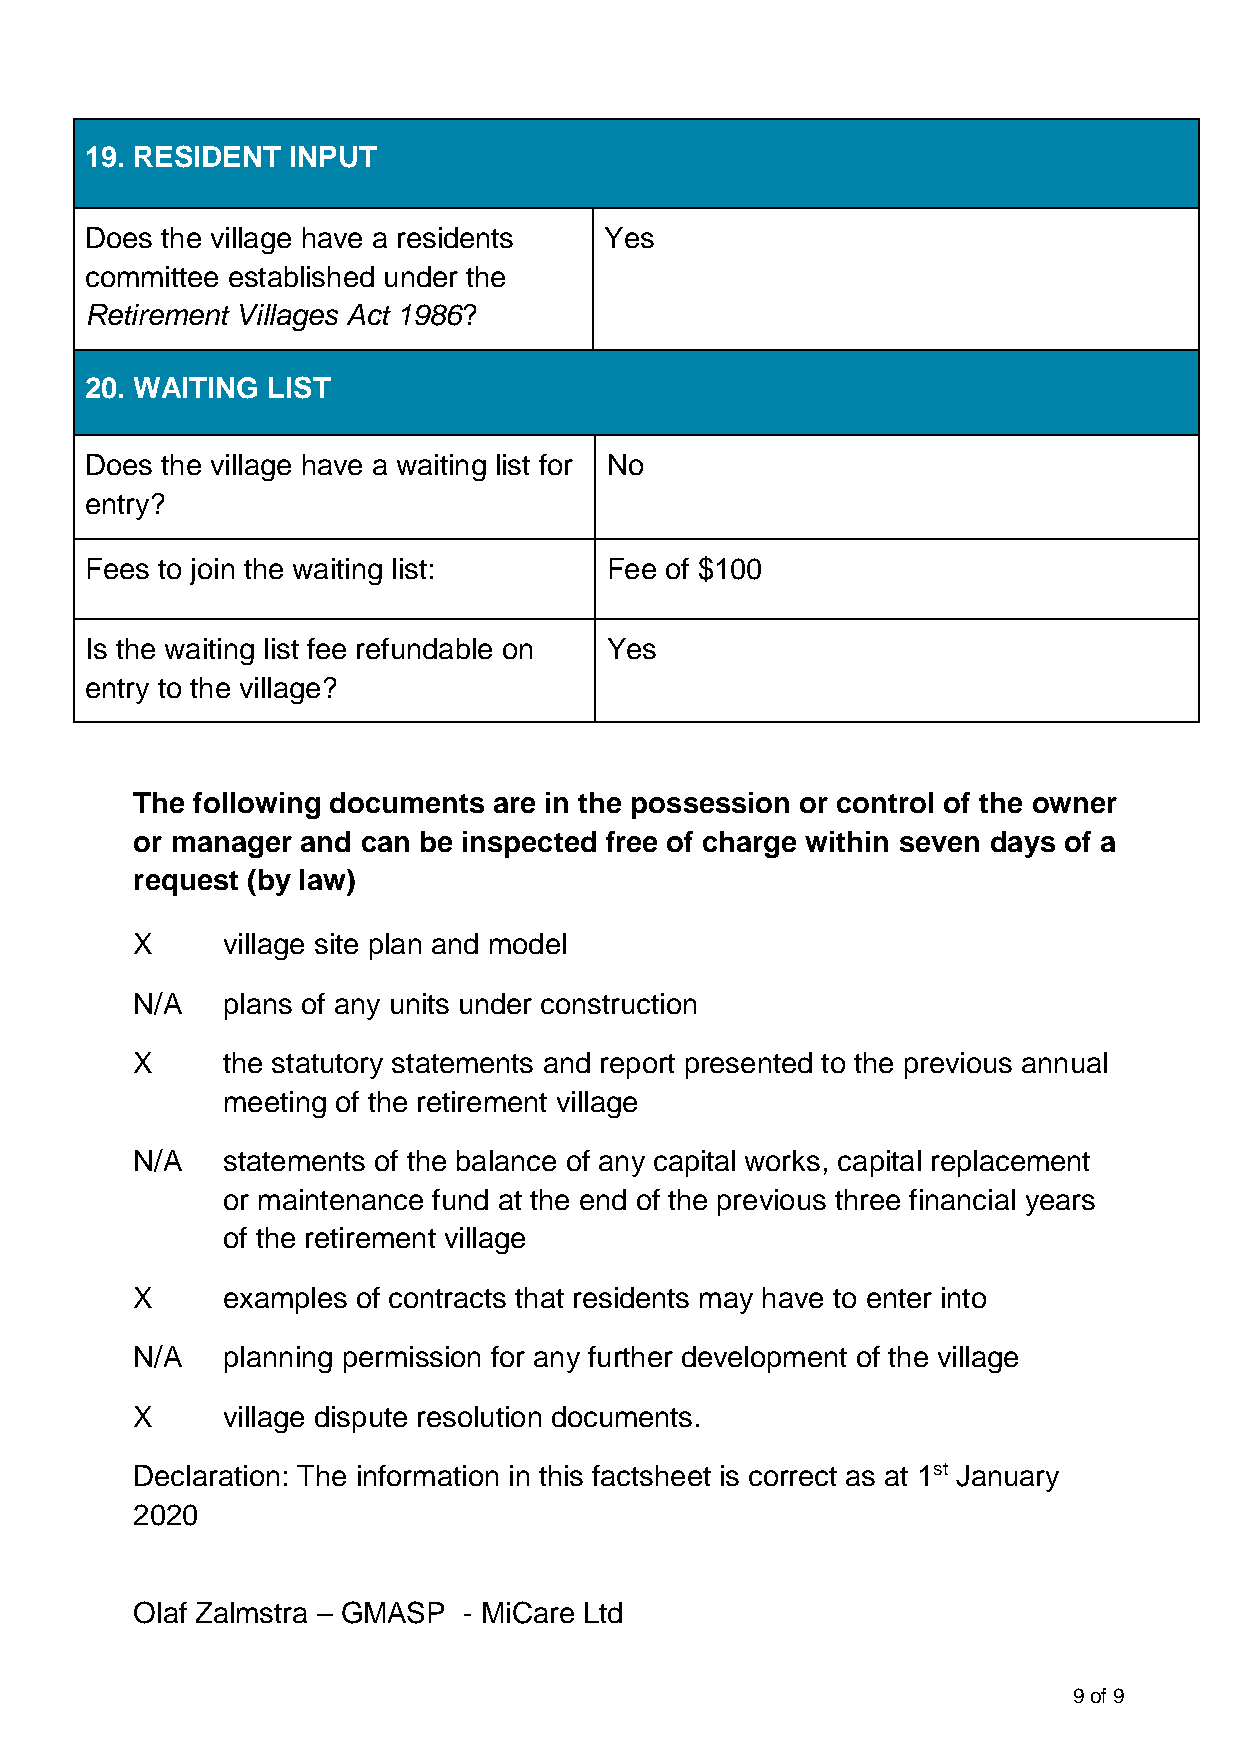
19. RESIDENT INPUT
 Does the village have a residents Yes
 committee established under the
 Retirement Villages Act 1986?
 20. WAITING LIST
 Does the village have a waiting list for No
 entry?
 Fees to join the waiting list:    Fee of $100
 Is the waiting list fee refundable on Yes
 entry to the village?
 The following documents are in the possession or control of the owner
 or manager and can be inspected free of charge within seven days of a
 request (by law)
 X     village site plan and model
 N/A   plans of any units under construction
 X     the statutory statements and report presented to the previous annual
 meeting of the retirement village
 N/A   statements of the balance of any capital works, capital replacement
 or maintenance fund at the end of the previous three financial years
 of the retirement village
 X     examples of contracts that residents may have to enter into
 N/A   planning permission for any further development of the village
 X     village dispute resolution documents.
 Declaration: The information in this factsheet is correct as at 1st January
 2020
 Olaf Zalmstra – GMASP - MiCare Ltd
 9 of 9